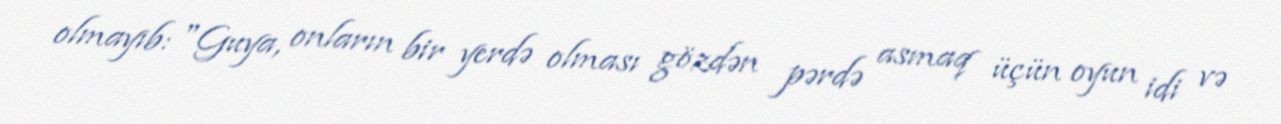
olmayıb: "Guya, onların bir yerdə olması gözdən pərdə asmaq üçün oyun idi və